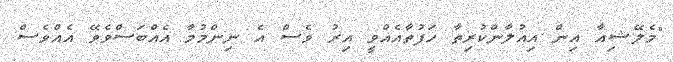
"މެލޭޝިއާ އިން އިއުލާންކުރިތާ ހަފުތާއެއްވީ އިރު ވެސް އެ ނިންމުމާ އެއްބަސްވެވޭ އެއްވެސް